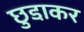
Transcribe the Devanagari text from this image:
छुडा़कर